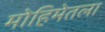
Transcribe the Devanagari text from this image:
मोहिमेतला